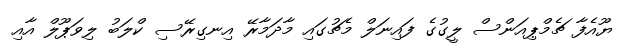
ޔޫއެފާ ޗެމްޕިއަންސް ލީގުގެ ފައިނަލް މެޗުގައި މާދަމާރޭ އިނގިރޭސި ކްލަބު ލިވަޕޫލް އާއި